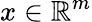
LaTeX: x\in\mathbb{R}^{m}